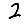
Digit: 2